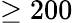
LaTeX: \geq 200